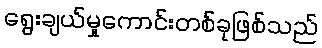
ရွေးချယ်မှုကောင်းတစ်ခုဖြစ်သည်